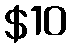
$10